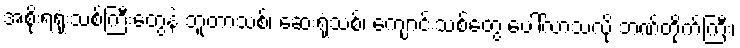
အစိုးရရုံးသစ်ကြီးတွေနဲ့ ဘူတာသစ်၊ ဆေးရုံသစ်၊ ကျောင်းသစ်တွေ ပေါ်လာသလို ဘဏ်တိုက်ကြီး၊